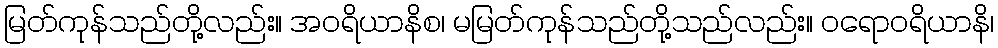
မြတ်ကုန်သည်တို့လည်း။ အဝရိယာနိစ၊ မမြတ်ကုန်သည်တို့သည်လည်း။ ဝရောဝရိယာနိ၊